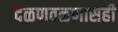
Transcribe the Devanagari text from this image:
दळणवळणासही